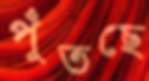
পুঁতছে